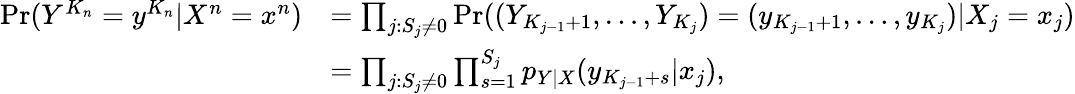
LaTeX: \begin{array}{rl}{\operatorname*{Pr}(Y^{K_{n}}=y^{K_{n}}|X^{n}=x^{n})}&{=\prod_{j:S_{j}\neq 0}\operatorname*{Pr}((Y_{K_{j-1}+1},\dots,Y_{K_{j}})=(y_{K_{j-1}+1},\dots,y_{K_{j}})|X_{j}=x_{j})}\\ &{=\prod_{j:S_{j}\neq 0}\prod_{s=1}^{S_{j}}p_{Y|X}(y_{K_{j-1}+s}|x_{j}),}\end{array}